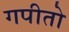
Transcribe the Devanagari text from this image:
गपीतो